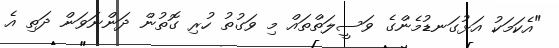
"އެކަމަކު އަޅުގަނޑުމެންގެ ވަސީލަތްތައް މި ވަގުތު ހުރި ގޮތުން ދަންނަވަން ދަތި އެ